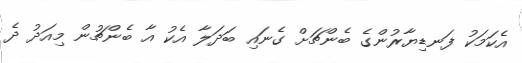
އެކަމަކު ފަނޑިޔާރުންގެ ބެންޗަށް ގެނައި ބަދަލާ އެކު އާ ބެންޗުން މިއަދު ދެ